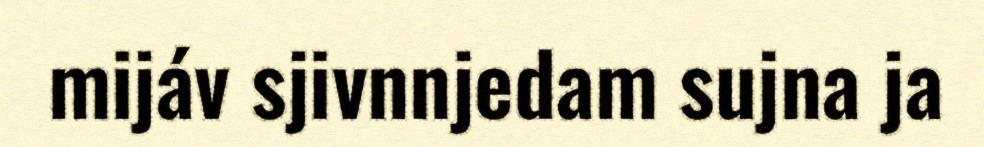
mijáv sjivnnjedam sujna ja